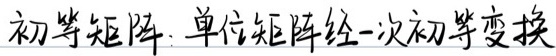
初等矩阵：单位矩阵经一次初等变换